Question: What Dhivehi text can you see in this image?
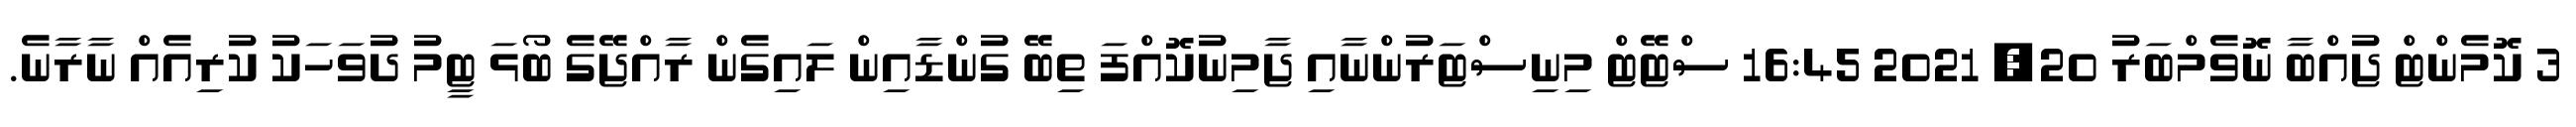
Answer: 3 ކޮމެންޓް ޖުއްބާ ނޮވެމްބަރު 20, 2021 16:45 ސްޓޭޓް މިނިސްޓަރުންނާއި ޖާމިނުކޮއްފަ ތިބޭ ގުންޑާއިން ލައިގެން ރާއްޖޭގެ ބޯޅަ ޓީމު ދުވަހަކު ކުރިއެއް ނާރާނެ.